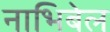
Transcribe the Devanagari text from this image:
नाभिबेल